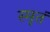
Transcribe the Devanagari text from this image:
स्मृतं